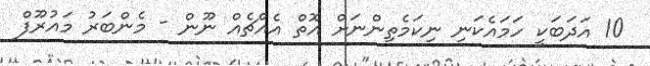
10 އަދަބަކީ ހަމައެކަނި ނިކަމެތިންނަށް އޮތް އެއްޗެއް ނޫން - މެންބަރު މައުރޫފް